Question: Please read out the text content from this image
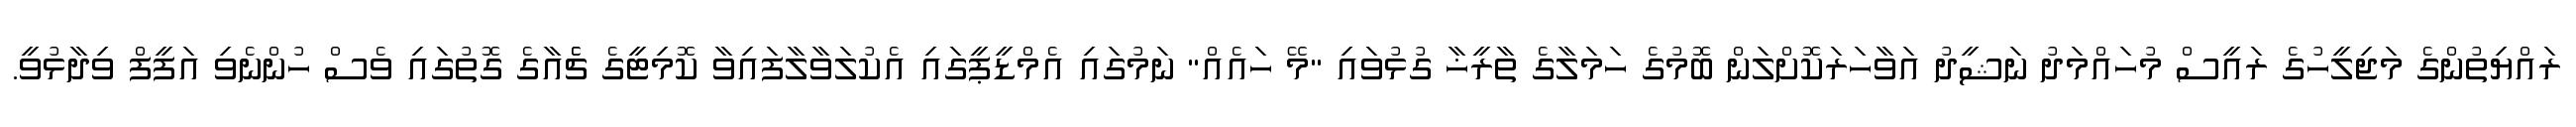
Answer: ރައްޔިތުންގެ މަޖިލީހުގެ ރައީސް މުހައްމަދު ނަޝީދު އަވާހަރަކޮށްލަން ބޮމުގެ ހަމަލާގެ ތާރީޚާ ގުޅުވައި "މޭ ހައެއް" ނަމުގައި އެމްޑީޕީގައި އެކުލަވާލާފައިވާ ކޮމިޓީގެ ޗެެއާގެ ގޮތުގައި ވެސް ހުންނެވި އަފީފް ވިދާޅުވީ.